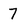
Character: 7